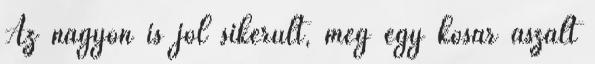
Az nagyon is jól sikerült, még egy kosár aszalt